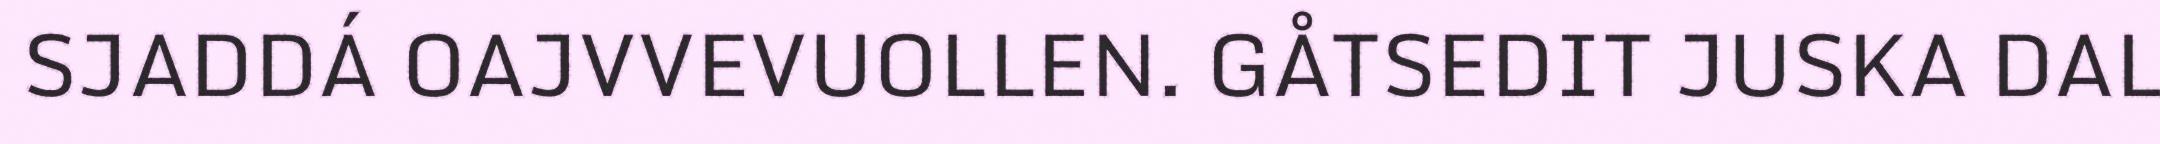
SJADDÁ OAJVVEVUOLLEN. GÅTSEDIT JUSKA DAL